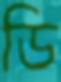
ডি